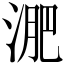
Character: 淝